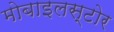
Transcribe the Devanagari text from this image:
मोबाइलस्टोर